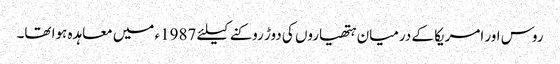
روس اور امریکا کے درمیان ہتھیاروں کی دوڑ روکنے کیلئے 1987ء میں معاہدہ ہوا تھا۔